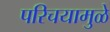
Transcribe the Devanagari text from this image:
परिचयामुळे